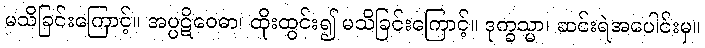
မသိခြင်းကြောင့်။ အပ္ပဋိဝေဓာ၊ ထိုးထွင်း၍ မသိခြင်းကြောင့်။ ဒုက္ခသ္မာ၊ ဆင်းရဲအပေါင်းမှ။